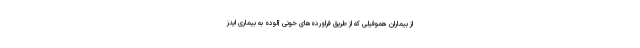
از بیماران هموفیلی که از طریق فراورده‌های خونی آلوده به بیماری ایدز